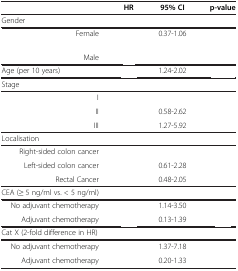
<table><thead><tr><td>[EMPTY_CELL]</td><td><b>HR</b></td><td><b>95% CI</b></td><td><b>p-value</b></td></tr></thead><tbody><tr><td>Gender</td><td>[EMPTY_CELL]</td><td>[EMPTY_CELL]</td><td>[EMPTY_CELL]</td></tr><tr><td>Female</td><td>[EMPTY_CELL]</td><td>0.37-1.06</td><td>[EMPTY_CELL]</td></tr><tr><td>[EMPTY_CELL]</td><td>[EMPTY_CELL]</td><td>[EMPTY_CELL]</td><td>[EMPTY_CELL]</td></tr><tr><td>Male</td><td>[EMPTY_CELL]</td><td>[EMPTY_CELL]</td><td>[EMPTY_CELL]</td></tr><tr><td>Age (per 10 years)</td><td>[EMPTY_CELL]</td><td>1.24-2.02</td><td>[EMPTY_CELL]</td></tr><tr><td>Stage</td><td>[EMPTY_CELL]</td><td>[EMPTY_CELL]</td><td>[EMPTY_CELL]</td></tr><tr><td>I</td><td>[EMPTY_CELL]</td><td>[EMPTY_CELL]</td><td>[EMPTY_CELL]</td></tr><tr><td>II</td><td>[EMPTY_CELL]</td><td>0.58-2.62</td><td>[EMPTY_CELL]</td></tr><tr><td>III</td><td>[EMPTY_CELL]</td><td>1.27-5.92</td><td>[EMPTY_CELL]</td></tr><tr><td>Localisation</td><td>[EMPTY_CELL]</td><td>[EMPTY_CELL]</td><td>[EMPTY_CELL]</td></tr><tr><td>Right-sided colon cancer</td><td>[EMPTY_CELL]</td><td>[EMPTY_CELL]</td><td>[EMPTY_CELL]</td></tr><tr><td>Left-sided colon cancer</td><td>[EMPTY_CELL]</td><td>0.61-2.28</td><td>[EMPTY_CELL]</td></tr><tr><td>Rectal Cancer</td><td>[EMPTY_CELL]</td><td>0.48-2.05</td><td>[EMPTY_CELL]</td></tr><tr><td>CEA (≥ 5 ng/ml vs. &lt; 5 ng/ml)</td><td>[EMPTY_CELL]</td><td>[EMPTY_CELL]</td><td>[EMPTY_CELL]</td></tr><tr><td>No adjuvant chemotherapy</td><td>[EMPTY_CELL]</td><td>1.14-3.50</td><td>[EMPTY_CELL]</td></tr><tr><td>Adjuvant chemotherapy</td><td>[EMPTY_CELL]</td><td>0.13-1.39</td><td>[EMPTY_CELL]</td></tr><tr><td>Cat X (2-fold difference in HR)</td><td>[EMPTY_CELL]</td><td>[EMPTY_CELL]</td><td>[EMPTY_CELL]</td></tr><tr><td>No adjuvant chemotherapy</td><td>[EMPTY_CELL]</td><td>1.37-7.18</td><td>[EMPTY_CELL]</td></tr><tr><td>Adjuvant chemotherapy</td><td>[EMPTY_CELL]</td><td>0.20-1.33</td><td>[EMPTY_CELL]</td></tr></tbody></table>